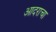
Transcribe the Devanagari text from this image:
आदराचा